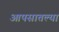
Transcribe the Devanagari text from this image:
आपसातल्या